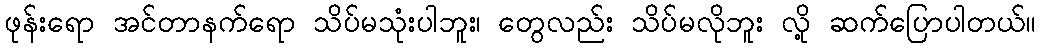
ဖုန်းရော အင်တာနက်ရော သိပ်မသုံးပါဘူး၊ တွေလည်း သိပ်မလိုဘူး လို့ ဆက်ပြောပါတယ်။